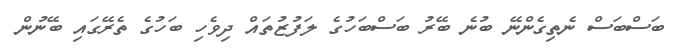
ބަސްބަސް ނެތިގެންނޭ ބުނެ ބޭރު ބަސްބަހުގެ ލަފުޒުތައް ދިވެހި ބަހުގެ ތެރޭގައި ބޭނުން